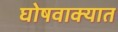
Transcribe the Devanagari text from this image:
घोषवाक्यात